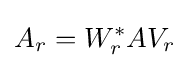
A_{r}=W_{r}^{*}AV_{r}